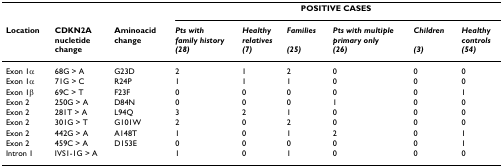
<table><thead><tr><td></td><td></td><td></td><td colspan="6"><b>POSITIVE CASES</b></td></tr><tr><td><b>Location</b></td><td><b>CDKN2Anucletidechange</b></td><td><b>Aminoacid change</b></td><td><b><i>Pts with</i><i>family history</i><i>(28)</i></b></td><td><b><i>Healthy</i><i>relatives</i><i>(7)</i></b></td><td><b><i>Families </i><i>(25)</i></b></td><td><b><i>Pts with multiple</i><i>primary only</i><i>(26)</i></b></td><td><b><i>Children </i><i>(3)</i></b></td><td><b><i>Healthy</i><i>controls</i><i>(54)</i></b></td></tr></thead><tbody><tr><td>Exon 1α</td><td>68G &gt; A</td><td>G23D</td><td>2</td><td>1</td><td>2</td><td>0</td><td>0</td><td>0</td></tr><tr><td>Exon 1α</td><td>71G &gt; C</td><td>R24P</td><td>1</td><td>1</td><td>1</td><td>0</td><td>0</td><td>0</td></tr><tr><td>Exon 1β</td><td>69C &gt; T</td><td>F23F</td><td>0</td><td>0</td><td>0</td><td>0</td><td>0</td><td>1</td></tr><tr><td>Exon 2</td><td>250G &gt; A</td><td>D84N</td><td>0</td><td>0</td><td>0</td><td>1</td><td>0</td><td>0</td></tr><tr><td>Exon 2</td><td>281T &gt; A</td><td>L94Q</td><td>3</td><td>2</td><td>1</td><td>0</td><td>0</td><td>0</td></tr><tr><td>Exon 2</td><td>301G &gt; T</td><td>G101W</td><td>2</td><td>0</td><td>2</td><td>0</td><td>0</td><td>0</td></tr><tr><td>Exon 2</td><td>442G &gt; A</td><td>A148T</td><td>1</td><td>0</td><td>1</td><td>2</td><td>0</td><td>1</td></tr><tr><td>Exon 2</td><td>459C &gt; A</td><td>D153E</td><td>0</td><td>0</td><td>0</td><td>0</td><td>0</td><td>1</td></tr><tr><td>Intron 1</td><td>IVS1-1G &gt; A</td><td></td><td>1</td><td>0</td><td>1</td><td>0</td><td>0</td><td>0</td></tr></tbody></table>